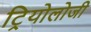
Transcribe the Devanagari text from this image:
ट्रियोलोजी